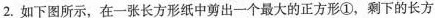
2.如下图所示，在一张长方形纸中剪出一个最大的正方形①，剩下的长方